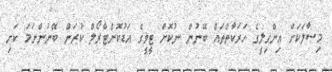
މިސާލަކަށް އިންގިލީގެ ހަރަކާތްތައް ބޭނުން ނުކޮށް ޓީވީގެ އަޑުކޮންޓްރޯލް ކުރަން ބޭނުންނަމަ ކަށި